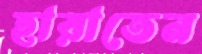
হারাতেন